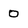
Character: 0